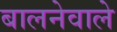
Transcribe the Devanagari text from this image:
बालनेवाले